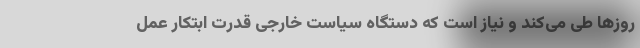
روزها طی می‌کند و نیاز است که دستگاه سیاست خارجی قدرت ابتکار عمل